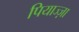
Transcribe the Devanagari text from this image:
पियाज्ज़ा